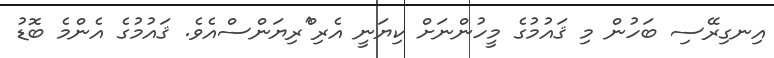
އިނގިރޭސި ބަހުން މި ޤައުމުގެ މީހުންނަށް ކިޔަނީ އެރި^ްރިޔަންސްއެވެ. ޤައުމުގެ އެންމެ ބޮޑު